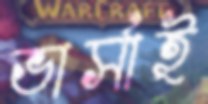
ভার্সাই